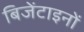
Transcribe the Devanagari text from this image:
बिजेंटाइनों